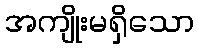
အကျိုးမရှိသော